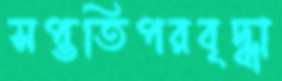
সপ্ততিপরবৃদ্ধা